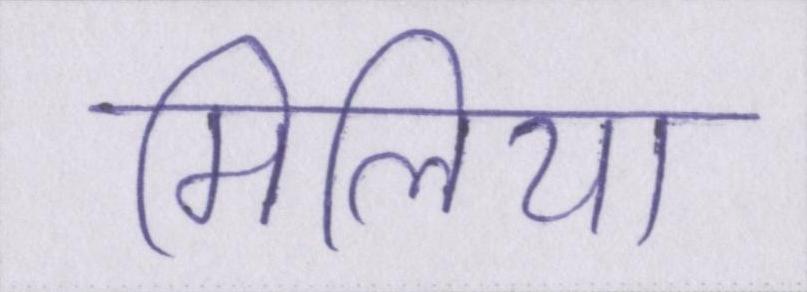
मिलिया